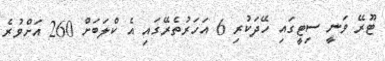
ޓޫރޭ ވަނީ ސިޓީގައި ހޭދަކުރި 6 އަހަރުތެރޭގައި އެ ކްލަބަށް 260 އަށްވުރެ